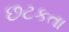
છટકતા